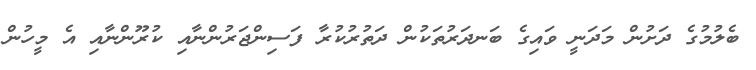
ބެލުމުގެ ދަށުން މަދަނީ ވައިގެ ބަނދަރުތަކުން ދަތުރުކުރާ ފަސިންޖަރުންނާއި ކުރޫންނާއި އެ މީހުން